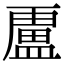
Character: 𭾐